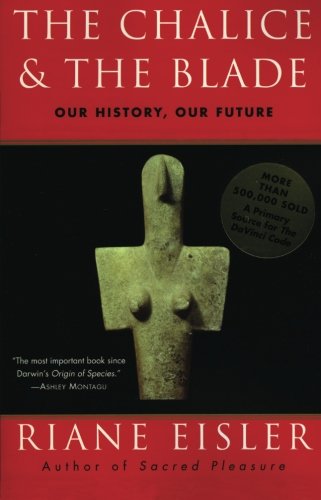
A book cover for The Chalice and the Blade: Our History, Our Future; Riane Eisler; Science & Math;